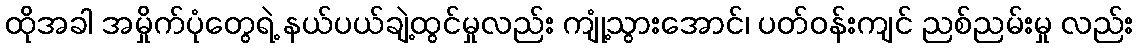
ထိုအခါ အမှိုက်ပုံတွေရဲ့ နယ်ပယ်ချဲ့ထွင်မှုလည်း ကျုံ့သွားအောင်၊ ပတ်ဝန်းကျင် ညစ်ညမ်းမှု လည်း